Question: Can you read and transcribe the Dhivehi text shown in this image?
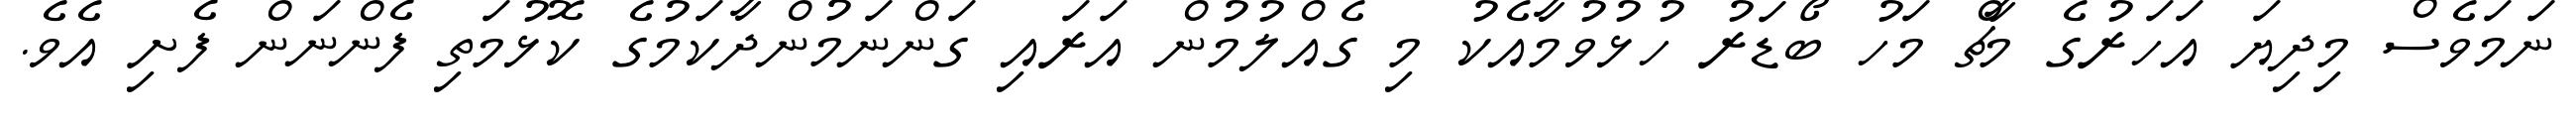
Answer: ނަމަވެސް މިދިޔަ އަހަރުގެ މާޗް މަހު ބޯޑަރު ހުޅުވުމާއެކު މި ގެއްލުމުން އަރައި ގަންނަމުންދާކަމުގެ ކޮޅުމަތި ފެންނަން ފެށި އެވެ.